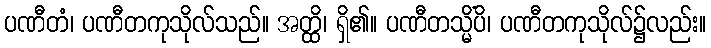
ပဏီတံ၊ ပဏီတကုသိုလ်သည်။ အတ္ထိ၊ ရှိ၏။ ပဏီတသ္မိံပိ၊ ပဏီတကုသိုလ်၌လည်း။